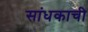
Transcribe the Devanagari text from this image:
सांधकाची